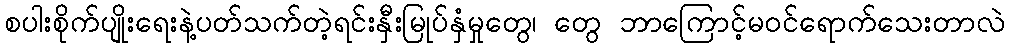
စပါးစိုက်ပျိုးရေးနဲ့ပတ်သက်တဲ့ရင်းနှီးမြုပ်နှံမှုတွေ၊ တွေ ဘာကြောင့်မဝင်ရောက်သေးတာလဲ